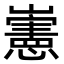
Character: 𡾢